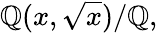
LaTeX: \mathbb{Q}(x,{\sqrt{x}})/\mathbb{Q},